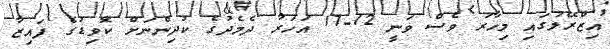
އިޒްރޭލުގައި މިހާރު ވެސް ވަނީ 12-17 އަހަރާ ދެމެދުގެ ކުދިންނަށް ކޮވިޑުގެ ފައިޒާ